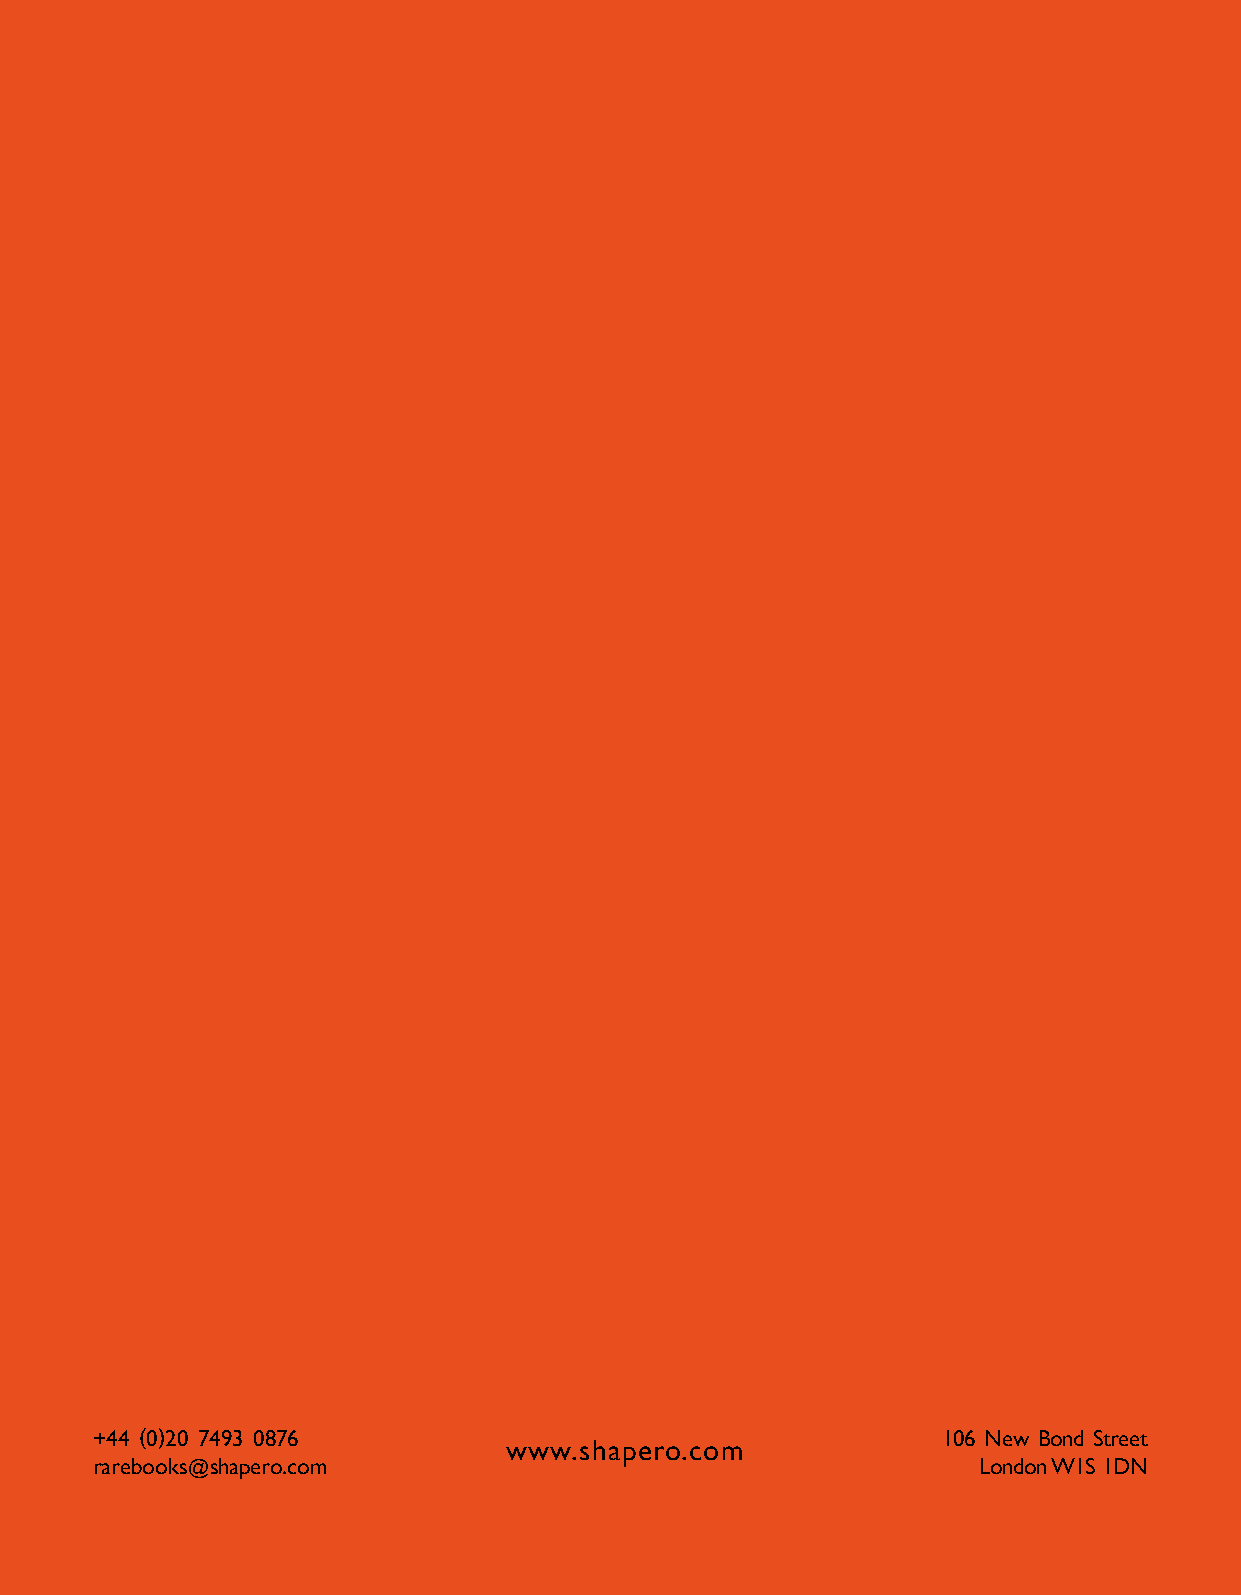
+44 (0)20 7493 0876                                     106 New Bond Street
 www.shapero.com
 rarebooks@shapero.com                                      London W1S 1DN